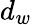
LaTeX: d_{w}